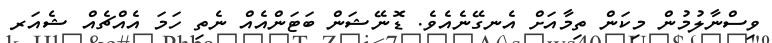
ވިސްނާލުމުން މިކަން ތިމާއަށް އެނގޭނެއެވެ. ޑޮނޭޝަން ބަޓަންއެއް ނެތި ހަމަ އެއްޗެއް ޝެއަރ